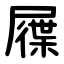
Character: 屧